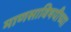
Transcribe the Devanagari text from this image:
माणसाविषयीच्या